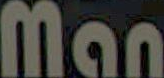
Man